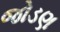
જોડણ